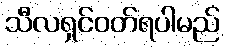
သီလရှင်ဝတ်ရပါမည်